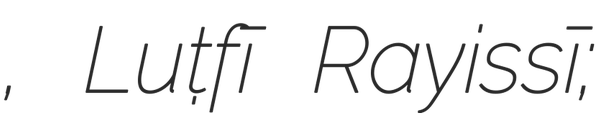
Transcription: رئيسي, Luṭfī Rayissī;